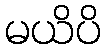
မယိပိ